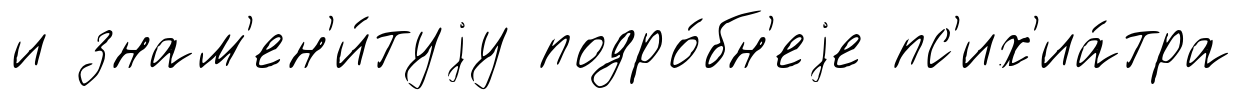
и знам'ен'и́туjу подро́бн'еjе пс'их'иа́тра